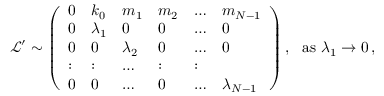
\begin{array} { r } { \ \mathcal { L } ^ { \prime } \sim \left( \begin{array} { l l l l l l } { 0 } & { k _ { 0 } } & { m _ { 1 } } & { m _ { 2 } } & { \dots } & { m _ { N - 1 } } \\ { 0 } & { \lambda _ { 1 } } & { 0 } & { 0 } & { \dots } & { 0 } \\ { 0 } & { 0 } & { \lambda _ { 2 } } & { 0 } & { \dots } & { 0 } \\ { : } & { : } & { \dots } & { : } & { : } \\ { 0 } & { 0 } & { \dots } & { 0 } & { \dots } & { \lambda _ { N - 1 } } \end{array} \right) , ~ ~ \mathrm { a s } ~ \lambda _ { 1 } \rightarrow 0 \, , } \end{array}